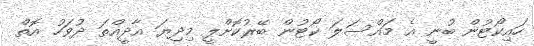
ހައިކޯޓުން ބުނީ އެ މައްސަލަ ކޯޓުން ބޭރުކޮށްލީ މިދިޔަ އާދީއްތަ ދުވަހު އޮތް